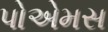
પોએમસ